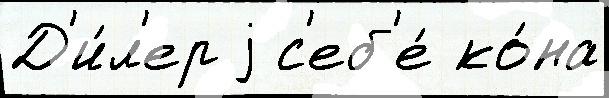
Д'и́л'ер j с'еб'е́ ко́на